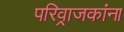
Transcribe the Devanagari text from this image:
परिव्राजकांना